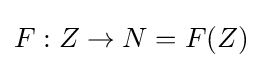
F:Z\to N=F(Z)